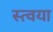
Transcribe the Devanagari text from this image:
स्त्वया